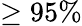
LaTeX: \geq 95\%